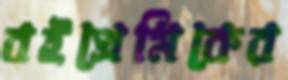
বইপ্রেমিকের